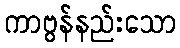
ကာဗွန်နည်းသော